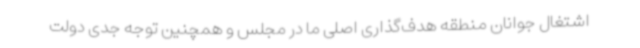
اشتغال جوانان منطقه هدف‌گذاری اصلی ما در مجلس و همچنین توجه جدی دولت